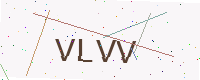
Text: VLVV